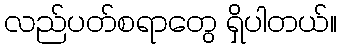
လည်ပတ်စရာတွေ ရှိပါတယ်။